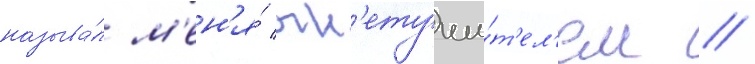
называ́л м'ен'я́ огн'етуши́т'ел'ем //